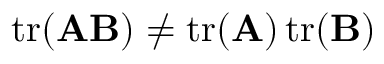
\operatorname { t r } ( \mathbf { A } \mathbf { B } ) \neq \operatorname { t r } ( \mathbf { A } ) \operatorname { t r } ( \mathbf { B } )